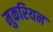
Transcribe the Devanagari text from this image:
मुकरियन